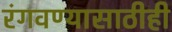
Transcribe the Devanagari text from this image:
रंगवण्यासाठीही